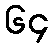
၆၄